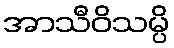
အာသီဝိသမ္ပိ